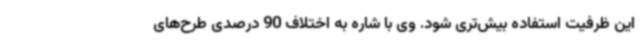
این ظرفیت استفاده بیش‌تری شود. وی با شاره به اختلاف 90 درصدی طرح‌های